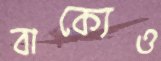
বাক্যেও